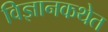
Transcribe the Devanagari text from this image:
विज्ञानकथेत